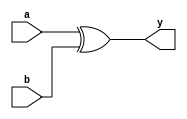
module xor4(input [3:0] a, input [3:0] b, output signed [3:0] y);
  assign y = a ^ b;
//	xor(y[0],a[0],b[0]);
//	xor(y[1],a[1],b[1]);
//	xor(y[2],a[2],b[2]);
//	xor(y[3],a[3],b[3]);
endmodule